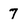
Character: 7